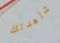
شاهدتك